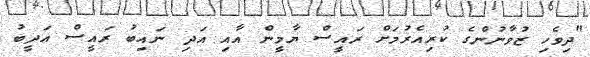
"ދިވެހި ޒުވާނުންގެ ކުރިއެރުމަށް ރައީސް ޔާމީން އާއި އަދި ނައިބު ރައީސް އަދީބު